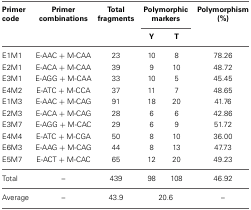
| Primer code | Primer combinations | Total fragments | <COLSPAN=2> Polymorphic markers | Polymorphism (%) |
 |  |  |  | Y | T |  |
 | --- | --- | --- | --- | --- | --- |
 | E1M1 | E-AAC + M-CAA | 23 | 10 | 8 | 78.26 |
 | E2M1 | E-ACA + M-CAA | 39 | 9 | 10 | 48.72 |
 | E3M1 | E-AGG + M-CAA | 33 | 10 | 5 | 45.45 |
 | E4M2 | E-ATC + M-CCA | 37 | 11 | 7 | 48.65 |
 | E1M3 | E-AAC + M-CAG | 91 | 18 | 20 | 41.76 |
 | E2M3 | E-ACA + M-CAG | 28 | 6 | 6 | 42.86 |
 | E3M7 | E-AGG + M-CAC | 29 | 6 | 9 | 51.72 |
 | E4M4 | E-ATC + M-CGA | 50 | 8 | 10 | 36.00 |
 | E6M3 | E-AAG + M-CAG | 44 | 8 | 13 | 47.73 |
 | E5M7 | E-ACT + M-CAC | 65 | 12 | 20 | 49.23 |
 | Total | – | 439 | 98 | 108 | 46.92 |
 | Average | – | 43.9 | <COLSPAN=2> 20.6 | – |